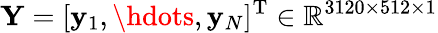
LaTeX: \mathbf{Y}=[\mathbf{y}_{1},\hdots,\mathbf{y}_{N}]^{\mathrm{T}}\in\mathbb{R}^{3120\times 512\times 1}